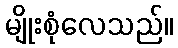
မျိုးစုံလေသည်။